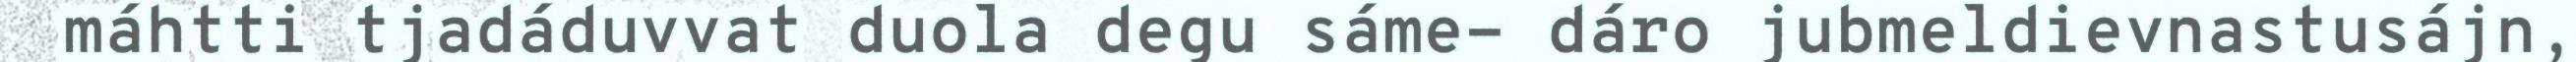
máhtti tjadáduvvat duola degu sáme- dáro jubmeldievnastusájn,